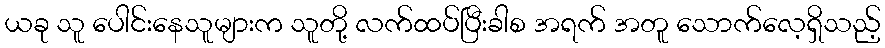
ယခု သူ ပေါင်းနေသူများက သူတို့ လက်ထပ်ပြီးခါစ အရက် အတူ သောက်လေ့ရှိသည့်